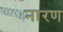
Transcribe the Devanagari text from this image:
नारण